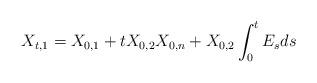
LaTeX: \begin{align*} X_{t,1} = X_{0,1} + tX_{0,2}X_{0,n} + X_{0,2}\int_0^t E_s ds\end{align*}